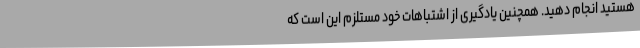
هستید انجام دهید. همچنین یادگیری از اشتباهات خود مستلزم این است که